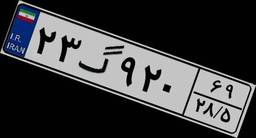
۲۳گ۹۲۰۶۹